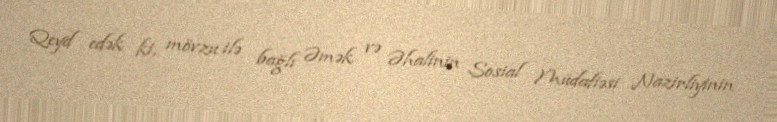
Qeyd edək ki, mövzu ilə bağlı Əmək və Əhalinin Sosial Müdafiəsi Nazirliyinin